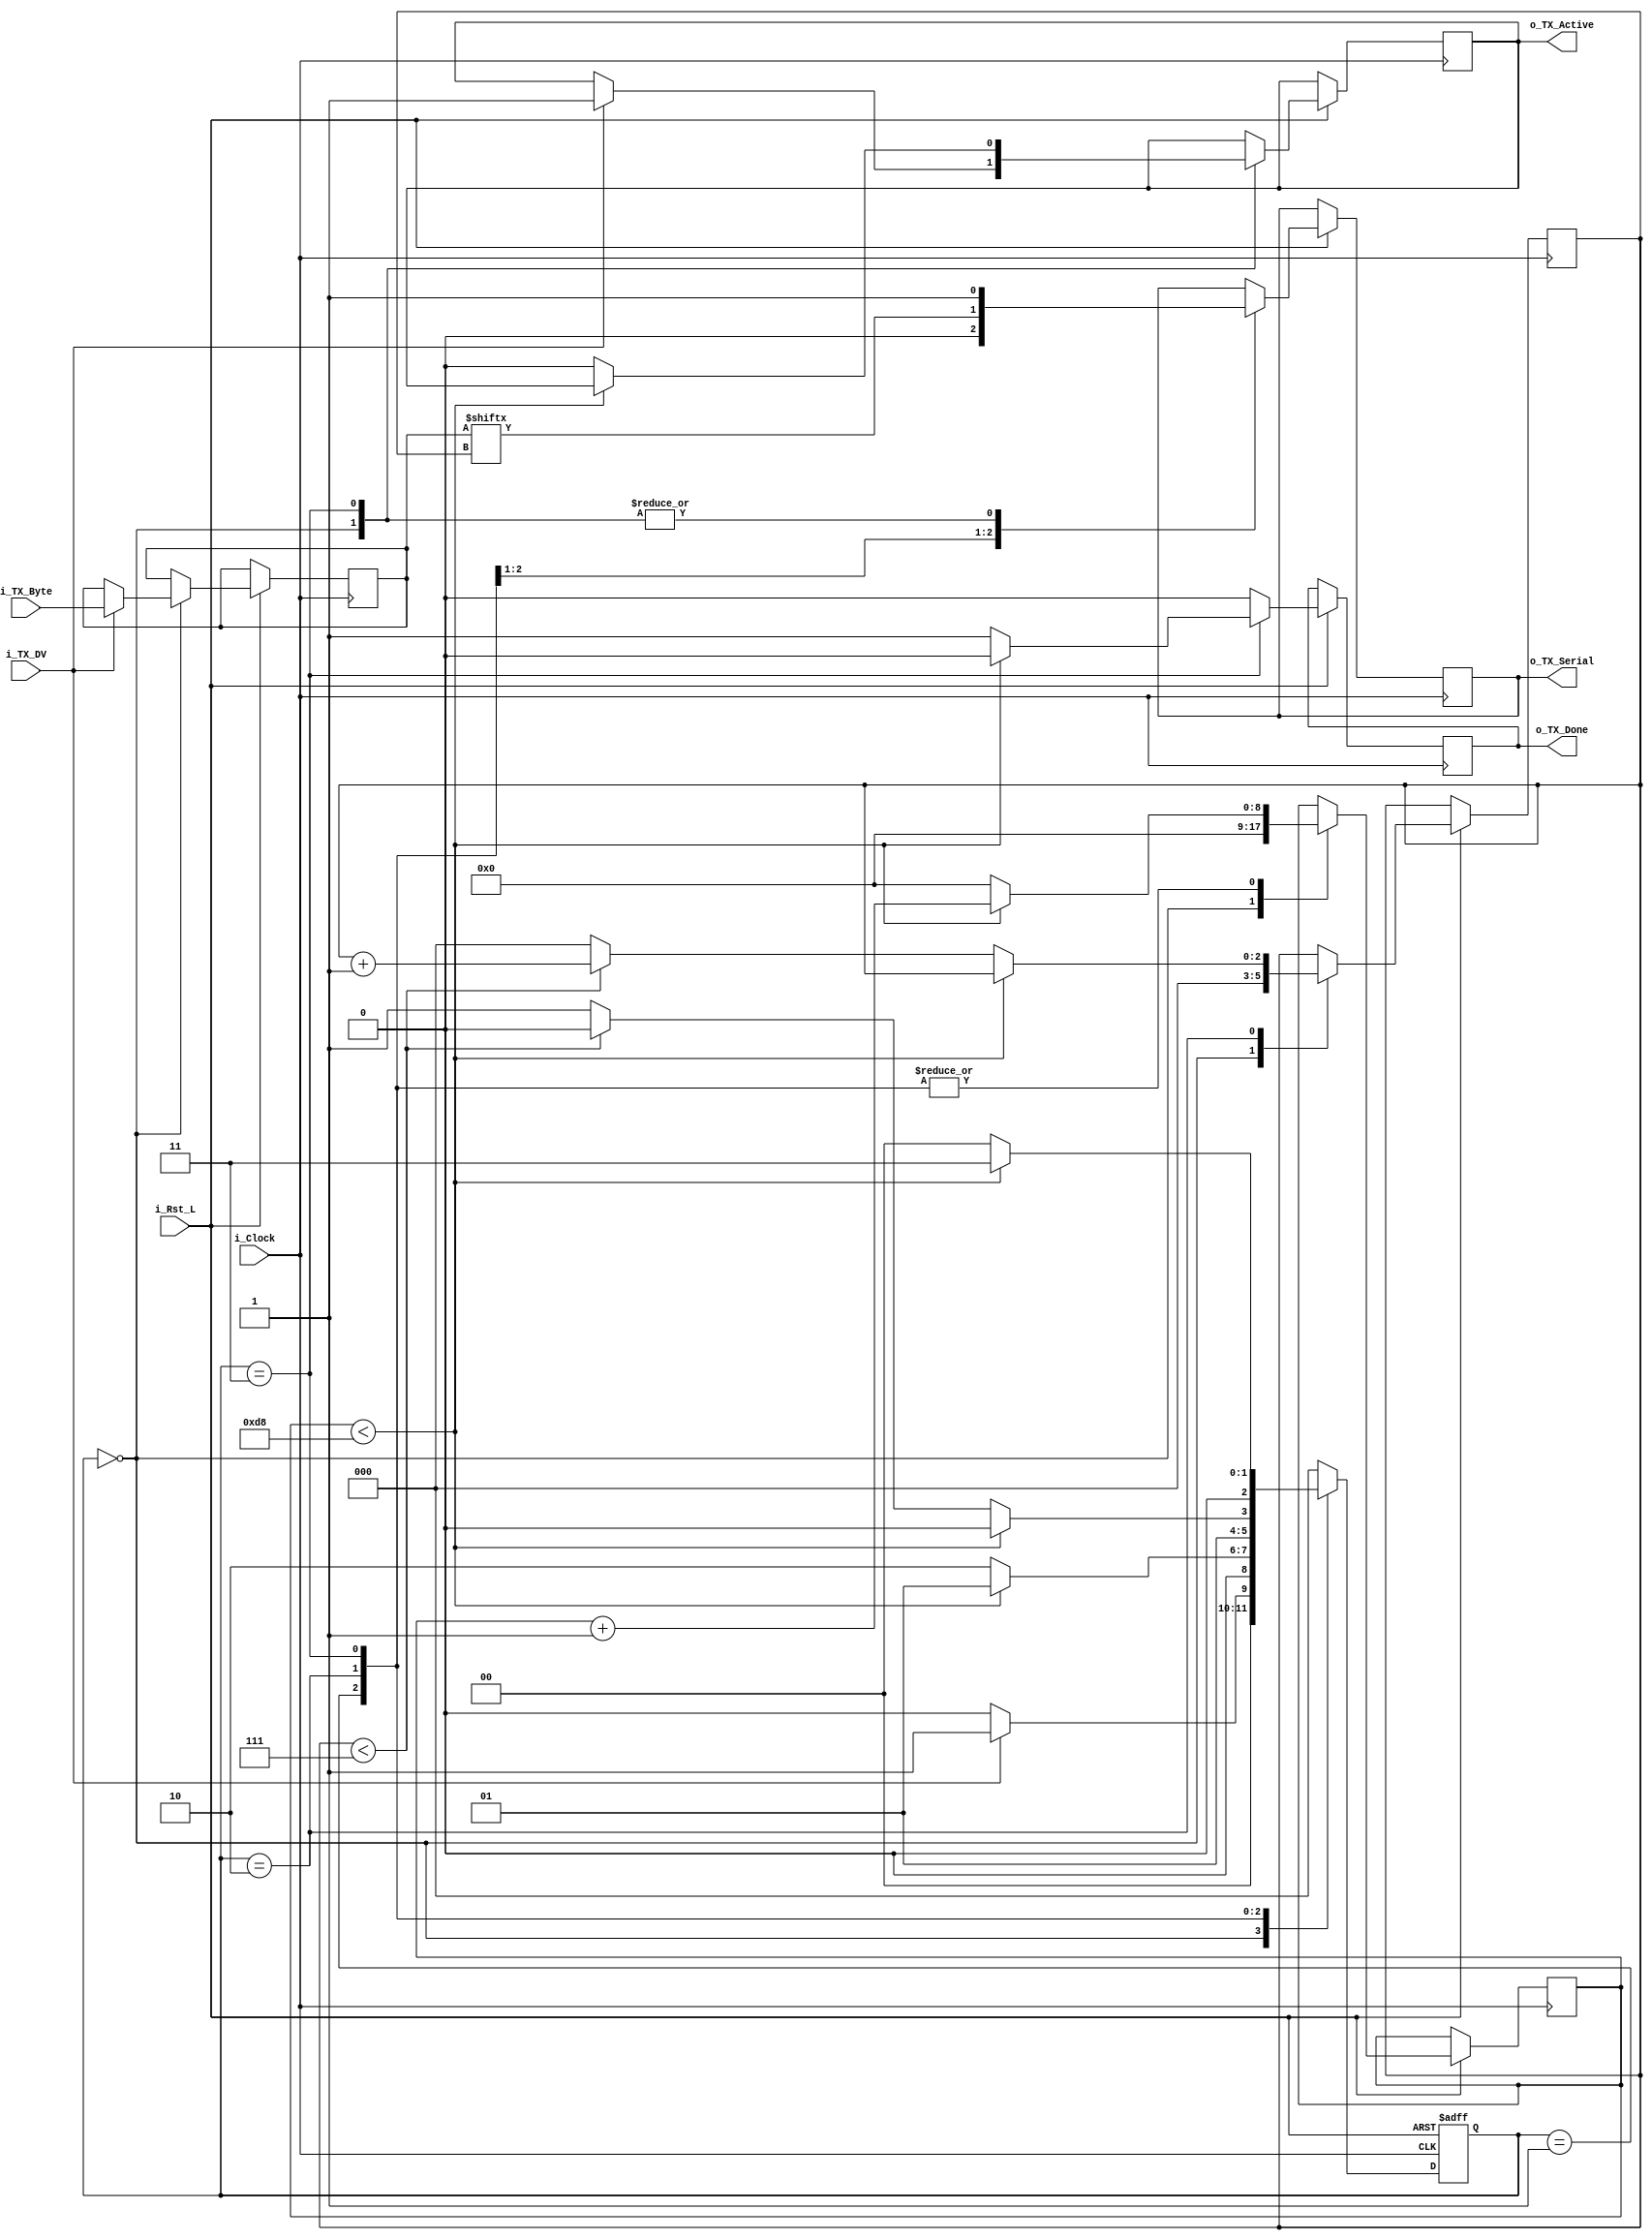

module UART_TX
  #(parameter CLKS_PER_BIT = 217)
  (
   input       i_Rst_L,
   input       i_Clock,
   input       i_TX_DV,
   input [7:0] i_TX_Byte,
   output reg  o_TX_Active,
   output reg  o_TX_Serial,
   output reg  o_TX_Done
   );

  localparam IDLE         = 2'b00;
  localparam TX_START_BIT = 2'b01;
  localparam TX_DATA_BITS = 2'b10;
  localparam TX_STOP_BIT  = 2'b11;

  reg [2:0] r_SM_Main;
  reg [$clog2(CLKS_PER_BIT):0] r_Clock_Count;
  reg [2:0] r_Bit_Index;
  reg [7:0] r_TX_Data;



  always @(posedge i_Clock or negedge i_Rst_L)
  begin
    if (~i_Rst_L)
    begin
      r_SM_Main <= 3'b000;
    end
    else
    begin

      o_TX_Done <= 1'b0;

      case (r_SM_Main)
      IDLE :
        begin
          o_TX_Serial   <= 1'b1;      
          r_Clock_Count <= 0;
          r_Bit_Index   <= 0;

          if (i_TX_DV == 1'b1)
          begin
            o_TX_Active <= 1'b1;
            r_TX_Data   <= i_TX_Byte;
            r_SM_Main   <= TX_START_BIT;
          end
          else
            r_SM_Main <= IDLE;
        end 



      TX_START_BIT :
        begin
          o_TX_Serial <= 1'b0;


          if (r_Clock_Count < CLKS_PER_BIT-1)
          begin
            r_Clock_Count <= r_Clock_Count + 1;
            r_SM_Main     <= TX_START_BIT;
          end
          else
          begin
            r_Clock_Count <= 0;
            r_SM_Main     <= TX_DATA_BITS;
          end
        end 


         
      TX_DATA_BITS :
        begin
          o_TX_Serial <= r_TX_Data[r_Bit_Index];

          if (r_Clock_Count < CLKS_PER_BIT-1)
          begin
            r_Clock_Count <= r_Clock_Count + 1;
            r_SM_Main     <= TX_DATA_BITS;
          end
          else
          begin
            r_Clock_Count <= 0;

        
            if (r_Bit_Index < 7)
            begin
              r_Bit_Index <= r_Bit_Index + 1;
              r_SM_Main   <= TX_DATA_BITS;
            end
            else
            begin
              r_Bit_Index <= 0;
              r_SM_Main   <= TX_STOP_BIT;
            end
          end
        end 


     
      TX_STOP_BIT :
        begin
          o_TX_Serial <= 1'b1;

     
          if (r_Clock_Count < CLKS_PER_BIT-1)
          begin
            r_Clock_Count <= r_Clock_Count + 1;
            r_SM_Main     <= TX_STOP_BIT;
          end
          else
          begin
            o_TX_Done     <= 1'b1;
            r_Clock_Count <= 0;
            r_SM_Main     <= IDLE;
            o_TX_Active   <= 1'b0;
          end
        end    

      default :
        r_SM_Main <= IDLE;

    endcase
    end 
  end 


endmodule